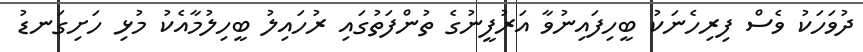
ދުވަހަކު ވެސް ފިރިހެނަކު ބީހިފައިނުވާ އަރުފީނުގެ ތުންފަތުގައި ރުހައިލު ބީހިލުމާއެކު މުޅި ހަށިގަނޑު